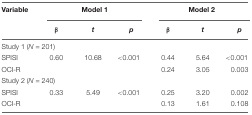
| Variable | <COLSPAN=3> Model 1 | <COLSPAN=3> Model 2 |
 |  | β | t | p | β | t | p |
 | --- | --- | --- | --- | --- | --- | --- |
 | <COLSPAN=3> Study 1 (N = 201) |
 | SPISI | 0.60 | 10.68 | <0.001 | 0.44 | 5.64 | <0.001 |
 | OCI-R |  |  |  | 0.24 | 3.05 | 0.003 |
 | <COLSPAN=3> Study 2 (N = 240) |
 | SPISI | 0.33 | 5.49 | <0.001 | 0.25 | 3.20 | 0.002 |
 | OCI-R |  |  |  | 0.13 | 1.61 | 0.108 |